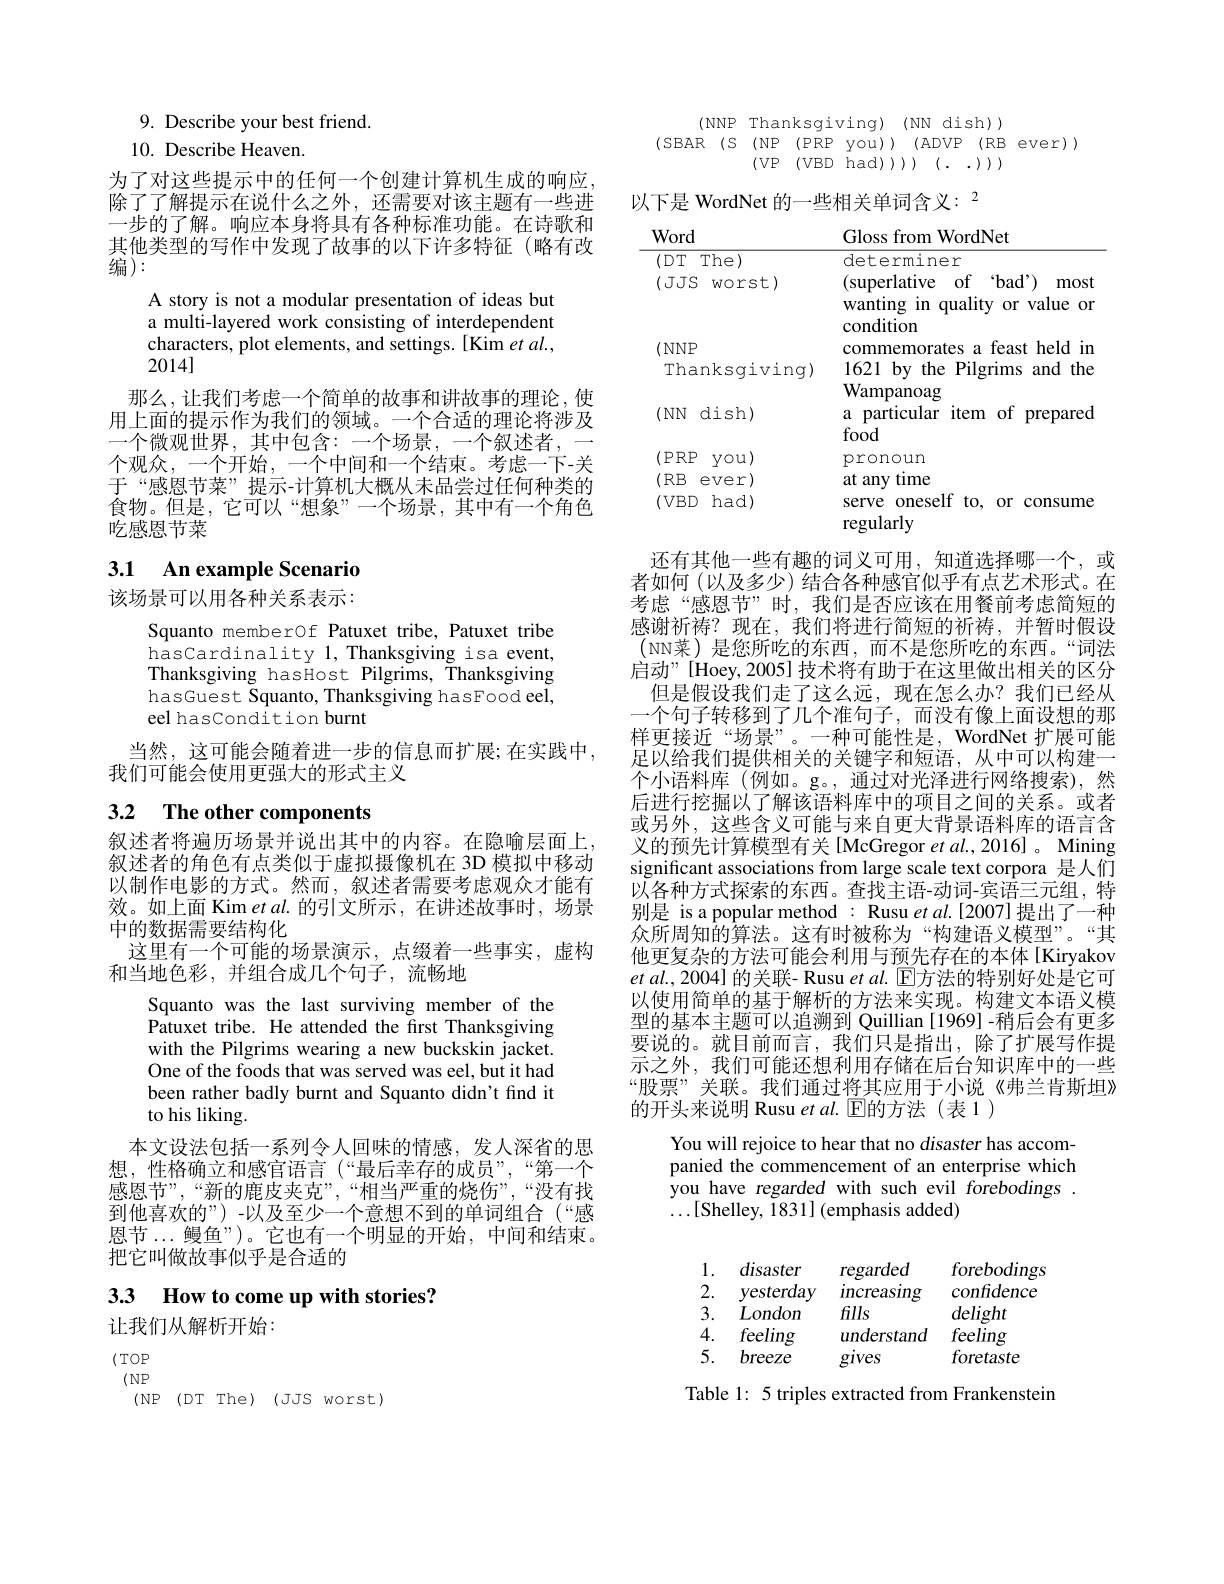
9. Describe your best friend.
10. Describe Heaven.
为了对这些提示中的任何一个创建计算机生成的响应， 除了了解提示在说什么之外，还需要对该主题有一些进一步的了解。响应本身将具有各种标准功能。在诗歌和其他类型的写作中发现了故事的以下许多特征(略有改编):
A story is not a modular presentation of ideas but a multi-layered work consisting of interdependent characters, plot elements, and settings. [Kim et al., 2014]
那么，让我们考虑一个简单的故事和讲故事的理论，使用上面的提示作为我们的领域。一个合适的理论将涉及一个微观世界，其中包含：一个场景，一个叙述者，一个观众，一个开始，一个中间和一个结束。考虑一下-关于“感恩节菜”提示-计算机大概从未品尝过任何种类的食物。但是，它可以“想象”一个场景，其中有一个角色吃感恩节菜

### 3.1 An example Scenario

该场景可以用各种关系表示：

Squanto memberOf Patuxet tribe, Patuxet tribe hasCardinality 1,Thanksgiving isa event, Thanksgiving hasHost Pilgrims, Thanksgiving hasGuest Squanto, Thanksgiving hasFood eel, eel hascondition burnt

当然，这可能会随着进一步的信息而扩展；在实践中，
我们可能会使用更强大的形式主义

# 3.2 The other components

叙述者将遍历场景并说出其中的内容。在隐喻层面上， 叙述者的角色有点类似于虚拟摄像机在 3D 模拟中移动以制作电影的方式。然而，叙述者需要考虑观众才能有效。如上面 Kim et al. 的引文所示，在讲述故事时，场景中的数据需要结构化
这里有一个可能的场景演示，点缀着一些事实，虚构
和当地色彩，并组合成几个句子，流畅地
Squanto was the last surviving member of the Patuxet tribe. He attended the first Thanksgiving with the Pilgrims wearing a new buckskin jacket. One of the foods that was served was eel, but it had been rather badly burnt and Squanto didn't find it to his liking.
本文设法包括一系列令人回味的情感，发人深省的思想，性格确立和感官语言(“最后幸存的成员”,“第一个感恩节”,“新的鹿皮夹克”,“相当严重的烧伤”,“没有找到他喜欢的”) -以及至少一个意想不到的单词组合(“感恩节...鳗鱼”)。它也有一个明显的开始，中间和结束。把它叫做故事似乎是合适的

3.3 How to come up with stories?
让我们从解析开始：

$(TOP$ $(NP$ (NP(DT The)(JJS worst)

(NNP Thanksgiving)(NN dish))
(SBAR (S (NP ( PRP you) ) ( ADVP ( RB ever) )
(VP(VBD$\bar{\text{had}}))(...)))$

以下是 WordNet 的一些相关单词含义：$^{2}$

Word
Gloss from WordNet
<table>
	<tbody>
		<tr>
			<td>The) $(DT$ $(JJS$ $worst)$</td>
			<td>determiner (superlative of $`$bad') most wanting quality or value $in$ Or nr</td>
		</tr>
		<tr>
			<td>(NNP</td>
			<td>commemorates $a$ feast held in</td>
		</tr>
		<tr>
			<td>Thanksgiving)</td>
			<td>1621 by the Pilgrims and the $\mathbf{Wampanoag}$</td>
		</tr>
		<tr>
			<td>(NN $dish)$</td>
			<td>${\mathbf{wampanoag}}$ a particular item $10f$ prepared food</td>
		</tr>
		<tr>
			<td>(PRP $you)$</td>
			<td>pronoun</td>
		</tr>
		<tr>
			<td>(RB $ever)$</td>
			<td>at any time</td>
		</tr>
		<tr>
			<td>$(VBD$ $had)$ 112</td>
			<td>serve oneself to, or consume regularly</td>
		</tr>
	</tbody>
</table>

还有其他一些有趣的词义可用，知道选择哪一个，或者如何 (以及多少) 结合各种感官似乎有点艺术形式。在考虑“感恩节”时，我们是否应该在用餐前考虑简短的感谢祈祷？现在，我们将进行简短的祈祷，并暂时假设(NN菜)是您所吃的东西，而不是您所吃的东西。“词法启动”[Hoey,2005] 技术将有助于在这里做出相关的区分
但是假设我们走了这么远，现在怎么办？我们已经从一个句子转移到了几个准句子，而没有像上面设想的那样更接近“场景”。一种可能性是，WordNet 扩展可能足以给我们提供相关的关键字和短语，从中可以构建一个小语料库(例如。g。,通过对光泽进行网络搜索),然后进行挖掘以了解该语料库中的项目之间的关系。或者或另外，这些含义可能与来自更大背景语料库的语言含义的预先计算模型有关[McGregor $etal.,2016]$。Mining significant associations from large scale text corpora 是人们以各种方式探索的东西。查找主语-动词-宾语三元组，特别是 is a popular method : Rusu $et\textit{al. [ 2007] 提 出 了 一 种 }$ 众所周知的算法。这有时被称为“构建语义模型”。“其他更复杂的方法可能会利用与预先存在的本体[Kiryakov $etal.,2004]$的关联- Rusu $etal.$ E方法的特别好处是它可以使用简单的基于解析的方法来实现。构建文本语义模型的基本主题可以追溯到 Quillian [1969]-稍后会有更多要说的。就目前而言，我们只是指出，除了扩展写作提示之外，我们可能还想利用存储在后台知识库中的一些“股票”关联。我们通过将其应用于小说《弗兰肯斯坦》 的开头来说明 Rusu et al. $\mathbb{E}$的方法(表1)

You will rejoice to hear that no disaster has accom-

panied the commencement of an enterprise which

you have regarded with such evil forebodings

$\ldots[$Shelley, $\tilde{1}831]$ (emphasis added)

forebodings

1.

disaster

regarded

2.

confidence

yesterday increasing

3.

delight

London fills

understand feeling

4. feeling

5. breeze

foretaste

gives

Table 1: 5 triples extracted from Frankenstein